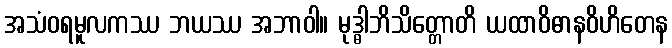
အသံဝရမူလကဿ ဘယဿ အဘာဝါ။ မုဒ္ဓါဘိသိတ္တောတိ ယထာဝိဓာနဝိဟိတေန